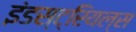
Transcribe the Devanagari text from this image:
इंडस्ट्रियल्स